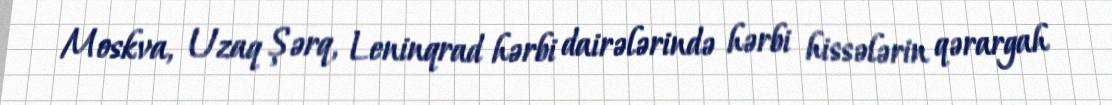
Moskva, Uzaq Şərq, Leninqrad hərbi dairələrində hərbi hissələrin qərargah